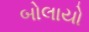
બોલાયો